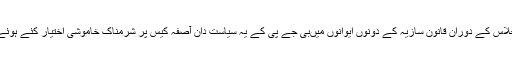
بجٹ اجلاس کے دوران قانون سازیہ کے دونوں ایوانوں میںبی جے پی کے یہ سیاست دان آصفہ کیس پر شرمناک خاموشی اختیار کئے ہوئے تھے۔